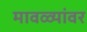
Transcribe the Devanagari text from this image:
मावळ्यांवर